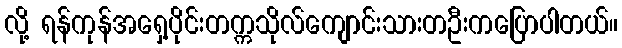
လို့ ရန်ကုန်အရှေ့ပိုင်းတက္ကသိုလ်ကျောင်းသားတဦးကပြောပါတယ်။